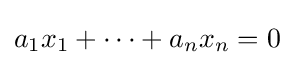
a_{1}x_{1}+\cdots +a_{n}x_{n}=0